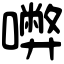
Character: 𡃇